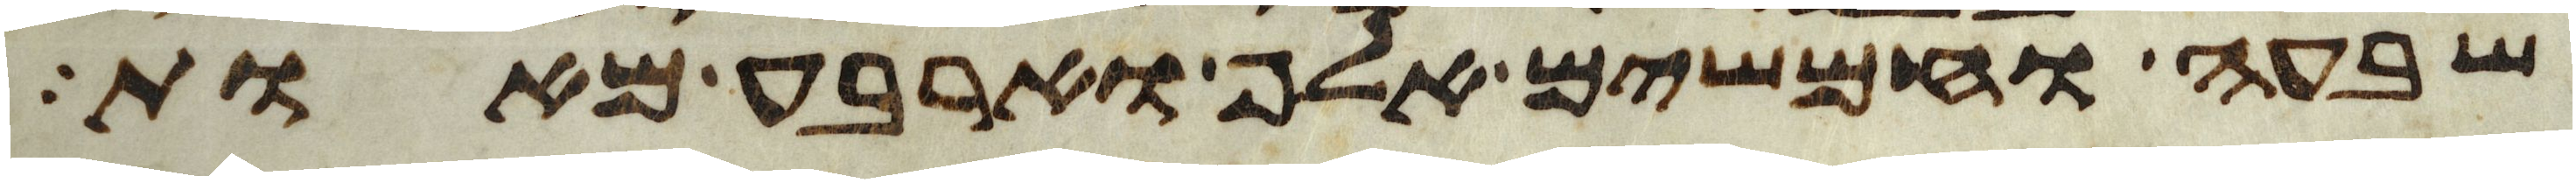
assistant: שבעה וחמשים אלף וארבע מאות